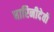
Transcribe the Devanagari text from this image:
धारिनीदेवी